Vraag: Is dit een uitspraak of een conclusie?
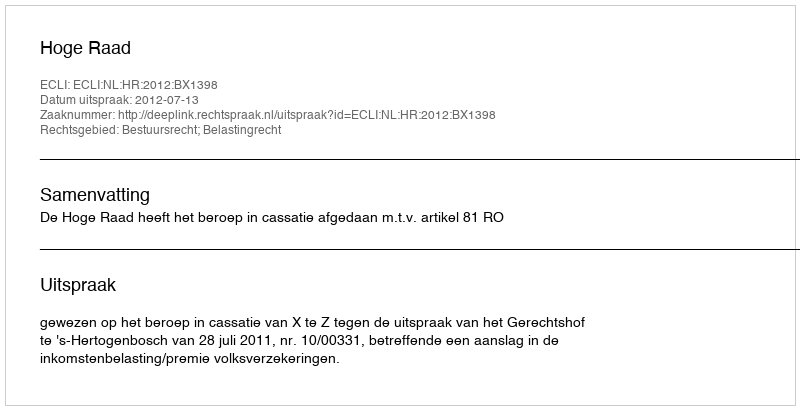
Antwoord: Uitspraak